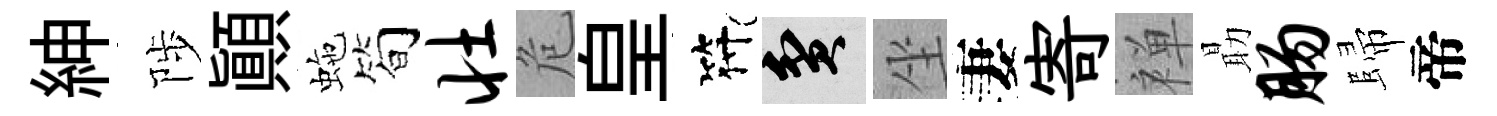
紳陟顚虵简壮危皇符貧坐妻寄禅朂肠歸帝